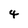
Character: 4